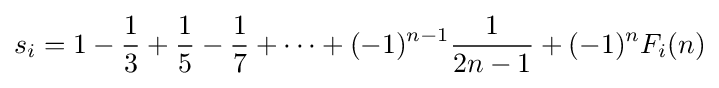
s_{i}=1-{\frac {1}{3}}+{\frac {1}{5}}-{\frac {1}{7}}+\cdots +(-1)^{n-1}{\frac {1}{2n-1}}+(-1)^{n}F_{i}(n)